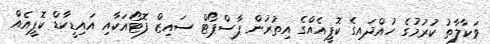
ވަކާލާތު ކުރުމުގެ ހުއްދައިގެ ކޮޕީއެއްގެ އިތުރުން ޕާސްޕޯޓް ސައިޒް ފޮޓޯއަކާއި އައިޑީކާޑް ކޮޕީއެއް